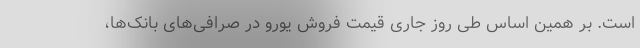
است. بر همین‌ اساس طی روز جاری قیمت فروش یورو در صرافی‌های بانک‌ها،